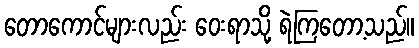
တောကောင်များလည်း ဝေးရာသို့ ရဲကြတော့သည်။